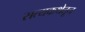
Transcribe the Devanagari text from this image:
सत्यकथेतून